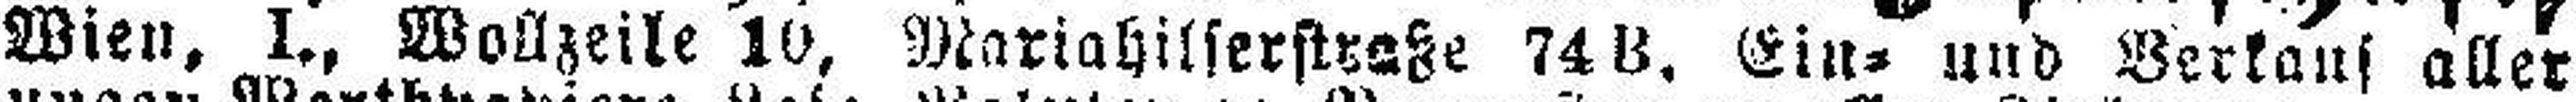
Wien, I., Wollzeile 10, Mariahilferstraße 74 B. Ein= und Verkauf aller